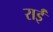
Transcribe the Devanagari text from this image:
राईं